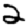
Digit: 2